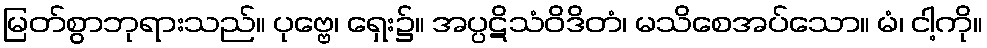
မြတ်စွာဘုရားသည်။ ပုဗ္ဗေ၊ ရှေး၌။ အပ္ပဋိသံဝိဒိတံ၊ မသိစေအပ်သော။ မံ၊ ငါ့ကို။